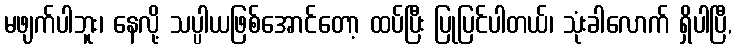
မဖျက်ပါဘူး၊ နေလို့ သပ္ပါယဖြစ်အောင်တော့ ထပ်ပြီး ပြုပြင်ပါတယ်၊ သုံးခါလောက် ရှိပါပြီ,